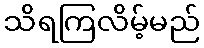
သိရကြလိမ့်မည်